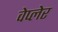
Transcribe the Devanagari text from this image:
वेप्लेर